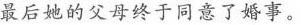
最后她的父母终于同意了婚事。